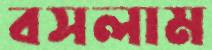
বসলাম